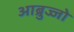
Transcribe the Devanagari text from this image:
आब्रुज्जो